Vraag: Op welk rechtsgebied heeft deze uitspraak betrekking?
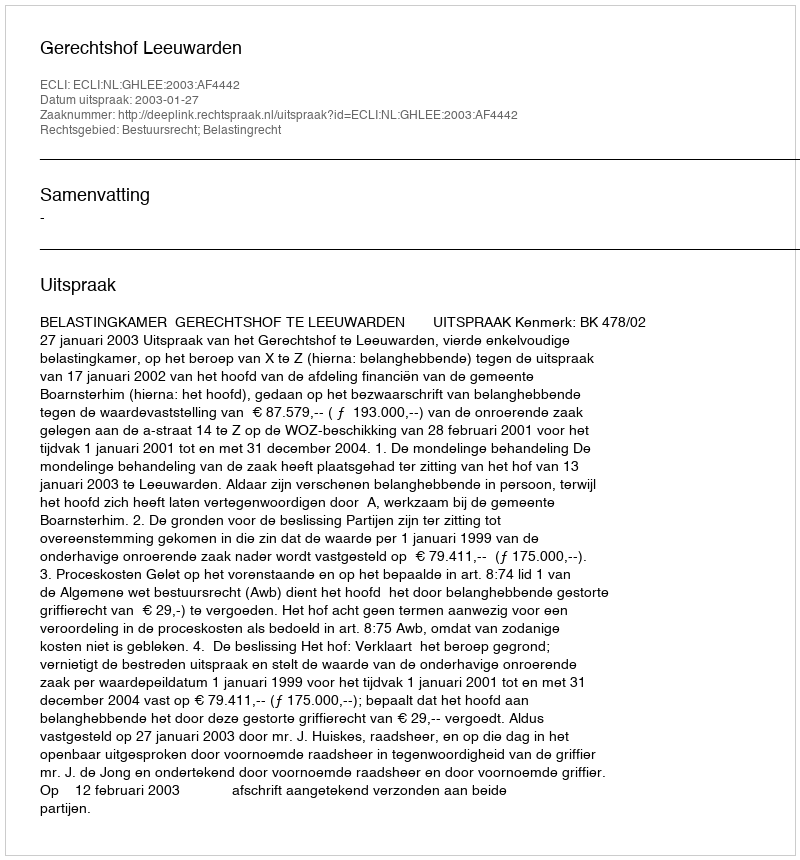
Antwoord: Bestuursrecht; Belastingrecht